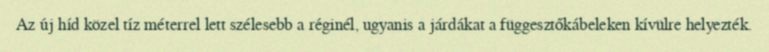
Az új híd közel tíz méterrel lett szélesebb a réginél, ugyanis a járdákat a függesztőkábeleken kívülre helyezték.